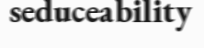
seduceability